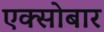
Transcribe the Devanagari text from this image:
एक्सोबार